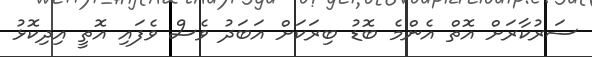
ސަރުކާރަށް އޮތް އެންމެ ބޮޑު ބިރަކަށް އަބަދު ވެސް ވެފައި އޮތީ އިދިކޮޅު